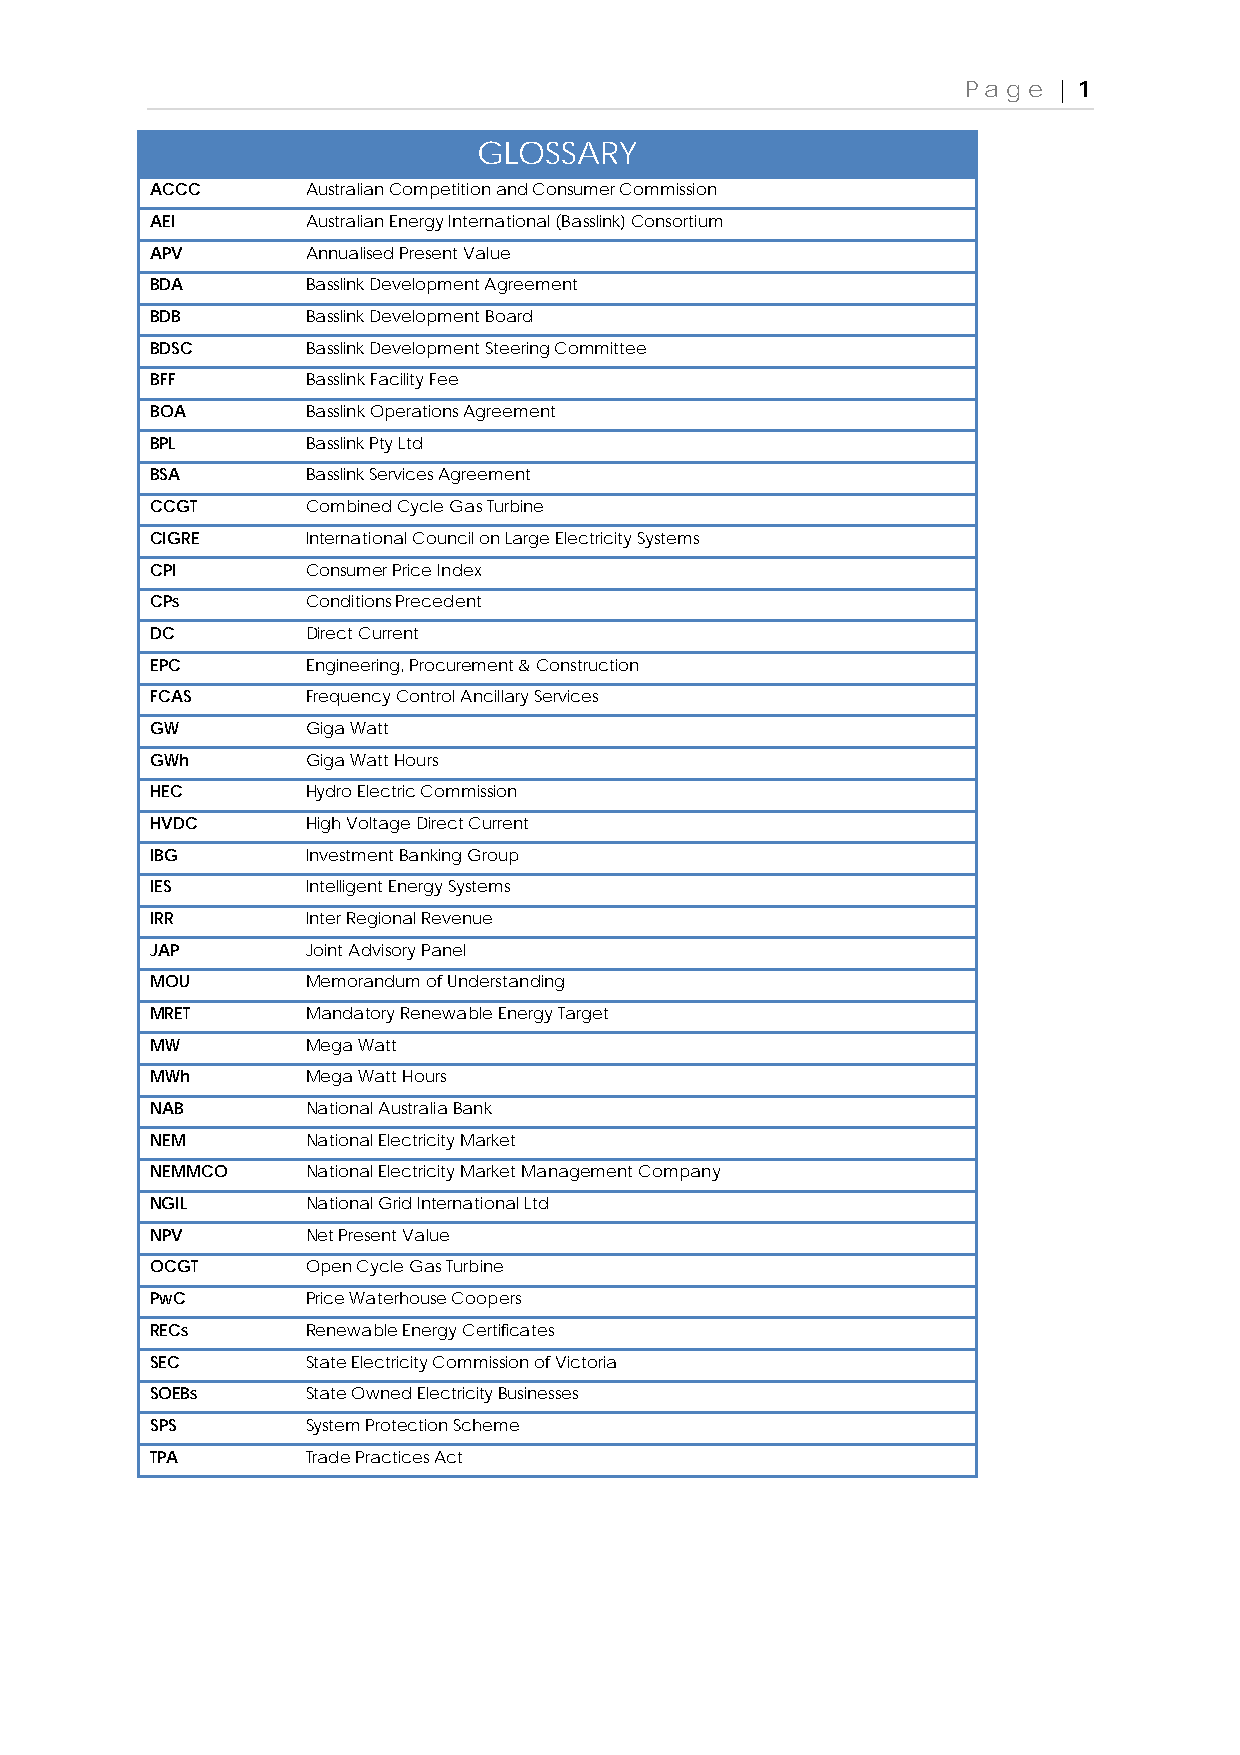
Page  | 1
 GLOSSARY
 ACCC      Australian Competition and Consumer Commission
 AEI       Australian Energy International (Basslink) Consortium
 APV       Annualised Present Value
 BDA       Basslink Development Agreement
 BDB       Basslink Development Board
 BDSC      Basslink Development Steering Committee
 BFF       Basslink Facility Fee
 BOA       Basslink Operations Agreement
 BPL       Basslink Pty Ltd
 BSA       Basslink Services Agreement
 CCGT      Combined Cycle Gas Turbine
 CIGRE     International Council on Large Electricity Systems
 CPI       Consumer Price Index
 CPs       Conditions Precedent
 DC        Direct Current
 EPC       Engineering, Procurement & Construction
 FCAS      Frequency Control Ancillary Services
 GW        Giga Watt
 GWh       Giga Watt Hours
 HEC       Hydro Electric Commission
 HVDC      High Voltage Direct Current
 IBG       Investment Banking Group
 IES       Intelligent Energy Systems
 IRR       Inter Regional Revenue
 JAP       Joint Advisory Panel
 MOU       Memorandum of Understanding
 MRET      Mandatory Renewable Energy Target
 MW        Mega Watt
 MWh       Mega Watt Hours
 NAB       National Australia Bank
 NEM       National Electricity Market
 NEMMCO    National Electricity Market Management Company
 NGIL      National Grid International Ltd
 NPV       Net Present Value
 OCGT      Open Cycle Gas Turbine
 PwC       Price Waterhouse Coopers
 RECs      Renewable Energy Certificates
 SEC       State Electricity Commission of Victoria
 SOEBs     State Owned Electricity Businesses
 SPS       System Protection Scheme
 TPA       Trade Practices Act